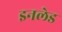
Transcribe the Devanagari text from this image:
इनलेड